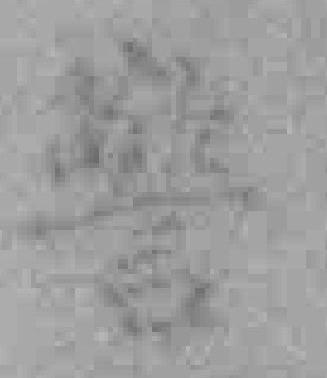
警